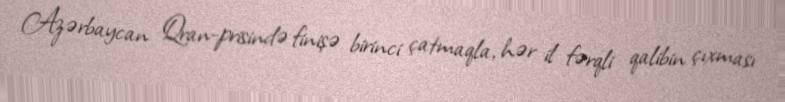
Azərbaycan Qran-prisində finişə birinci çatmaqla, hər il fərqli qalibin çıxması